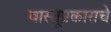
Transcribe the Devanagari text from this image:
वास्तूप्रकाराचे